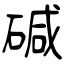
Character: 碱